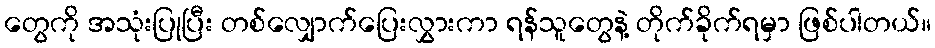
တွေကို အသုံးပြုပြီး တစ်လျှောက်ပြေးလွှားကာ ရန်သူတွေနဲ့ တိုက်ခိုက်ရမှာ ဖြစ်ပါတယ်။